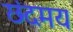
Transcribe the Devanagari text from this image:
छंदमय